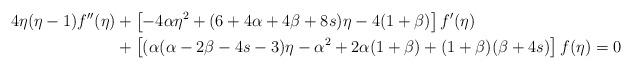
LaTeX: \begin{align*}4\eta(\eta-1)f''(\eta)&+\left[-4\alpha\eta^2+(6+4\alpha+4\beta+8s)\eta-4(1+\beta)\right]f'(\eta)\\&+\left[(\alpha(\alpha-2\beta-4s-3)\eta-\alpha^2 + 2 \alpha (1 + \beta) + (1 + \beta) (\beta + 4 s)\right]f(\eta)=0\end{align*}